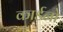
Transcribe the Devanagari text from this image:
कार्डनो